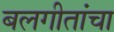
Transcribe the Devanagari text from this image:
बलगीतांचा